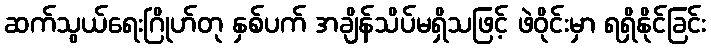
ဆက်သွယ်ရေးဂြိုဟ်တု နှစ်ပက် အချိန်သိပ်မရှိသဖြင့် ဖဲဝိုင်းမှာ ရရှိနိုင်ခြင်း